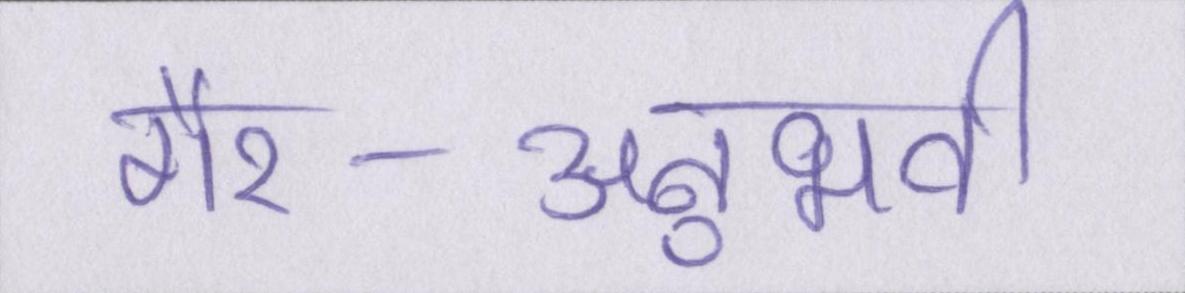
गैर-अनुभवी